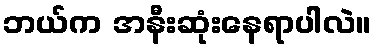
ဘယ်က အနီးဆုံးနေရာပါလဲ။